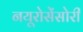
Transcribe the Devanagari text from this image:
नयूरोसेंसोरी